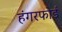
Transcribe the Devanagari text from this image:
हंगरफोर्ड